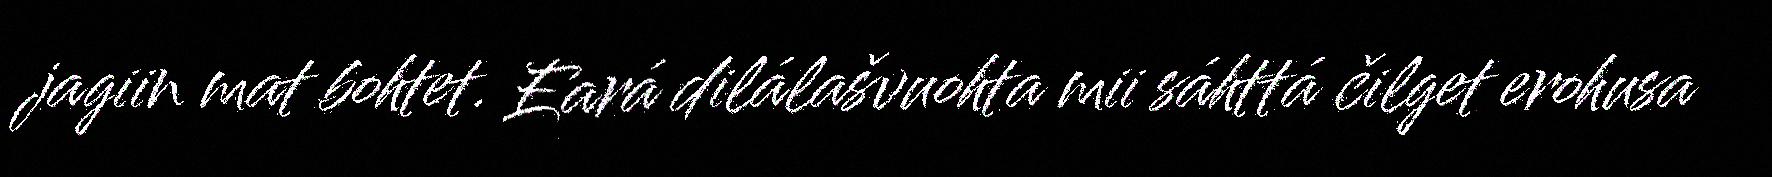
jagiin mat bohtet. Eará dilálašvuohta mii sáhttá čilget erohusa